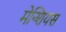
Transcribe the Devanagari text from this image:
मेन्शियस